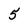
Character: 5